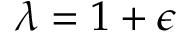
\lambda = 1 + \epsilon